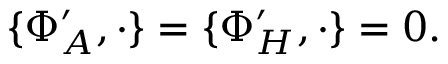
\{ \Phi _ { A } ^ { \prime } , \cdot \} = \{ \Phi _ { H } ^ { \prime } , \cdot \} = 0 .